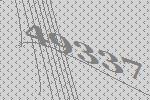
49337